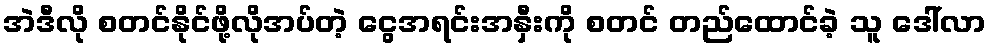
အဲဒီလို စတင်နိုင်ဖို့လိုအပ်တဲ့ ငွေအရင်းအနှီးကို စတင် တည်ထောင်ခဲ့ သူ ဒေါ်လာ